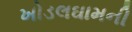
ખોડલઘામની